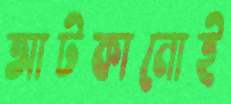
আটকানোই